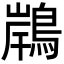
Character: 𪂢